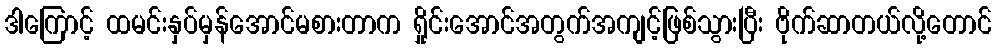
ဒါကြောင့် ထမင်းနှပ်မှန်အောင်မစားတာက ရှိုင်းအောင်အတွက်အကျင့်ဖြစ်သွားပြီး ဗိုက်ဆာတယ်လို့တောင်